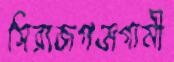
সিরাজগঞ্জগামী